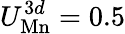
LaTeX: U_{\mathrm{Mn}}^{3d}=0.5